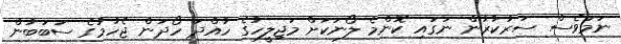
ނަމަވެސް ސަރުކާރުން ނަގައި ކޮންމެ ލޯނަކަށް މަޖިލީހުގެ ހުއްދަ ހޯދަން ޖެހުމުގެ ސަބަބުން